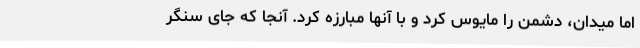
اما میدان، دشمن را مایوس کرد و با آنها مبارزه کرد. آنجا که جای سنگر